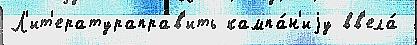
Л'ит'ератураправ'ить кампа́н'иjу вв'ела́